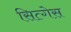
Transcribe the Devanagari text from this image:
सित्गेस